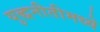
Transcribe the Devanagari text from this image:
युद्धनीतीमध्ये